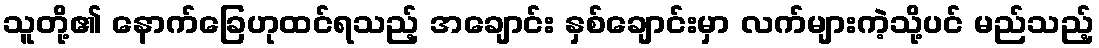
သူတို့၏ နောက်ခြေဟုထင်ရသည့် အချောင်း နှစ်ချောင်းမှာ လက်များကဲ့သို့ပင် မည်သည့်